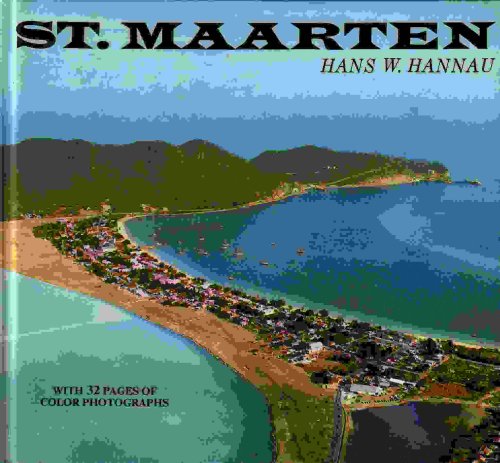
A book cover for St. Maarten, Saba and St. Eustatius: With 32 Pages of Color Photographs; Hans Hannau; Travel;